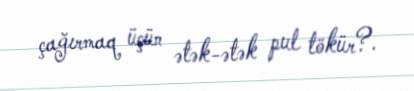
çağırmaq üçün ətək-ətək pul tökür?.